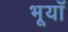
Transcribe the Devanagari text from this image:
भूयाँ